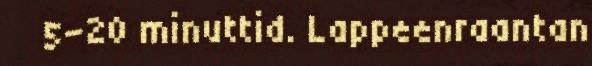
5-20 minuttid. Lappeenraantan